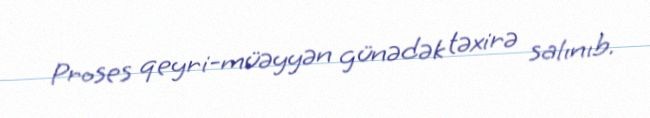
Proses qeyri-müəyyən günədək təxirə salınıb.